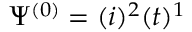
\Psi ^ { ( 0 ) } = { ( i ) ^ { 2 } ( t ) ^ { 1 } }